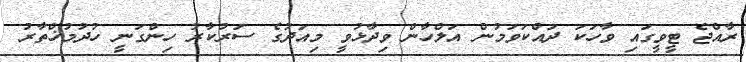
ރާއްޖެ ޓީވީގައި ވާހަކަ ދައްކަވަމުން އަލްހާން ވިދާޅުވީ މިއަދުގެ ސަރުކާރު ހިންގަނީ ހުދުމުޚްތާރު